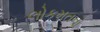
લોકમતનો